Problem: 22 + 34 = ?
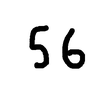
Handwritten answer: 56